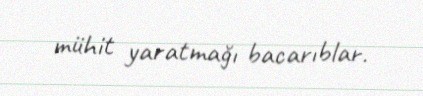
mühit yaratmağı bacarıblar.